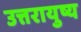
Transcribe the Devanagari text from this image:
उत्तरायुष्य